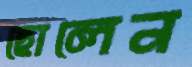
ছোলেন